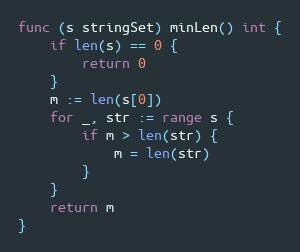
Language: Go
func (s stringSet) minLen() int {
	if len(s) == 0 {
		return 0
	}
	m := len(s[0])
	for _, str := range s {
		if m > len(str) {
			m = len(str)
		}
	}
	return m
}